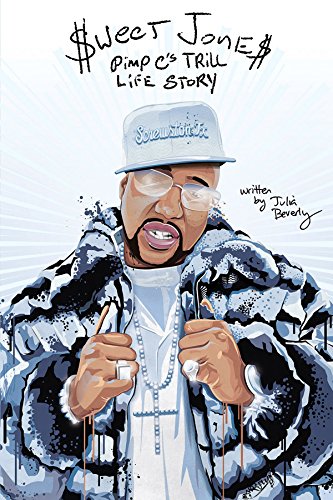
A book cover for Sweet Jones: Pimp C's Trill Life Story; Julia Beverly; Arts & Photography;